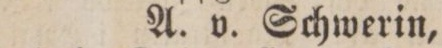
A. v. Schwerin,